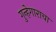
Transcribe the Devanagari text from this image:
गुन्हेगाराचा